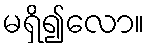
မရှိ၍လော။